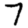
Digit: 7